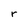
Character: r